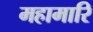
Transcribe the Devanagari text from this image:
महामारि